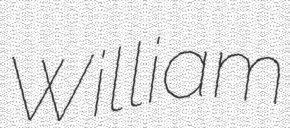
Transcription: William